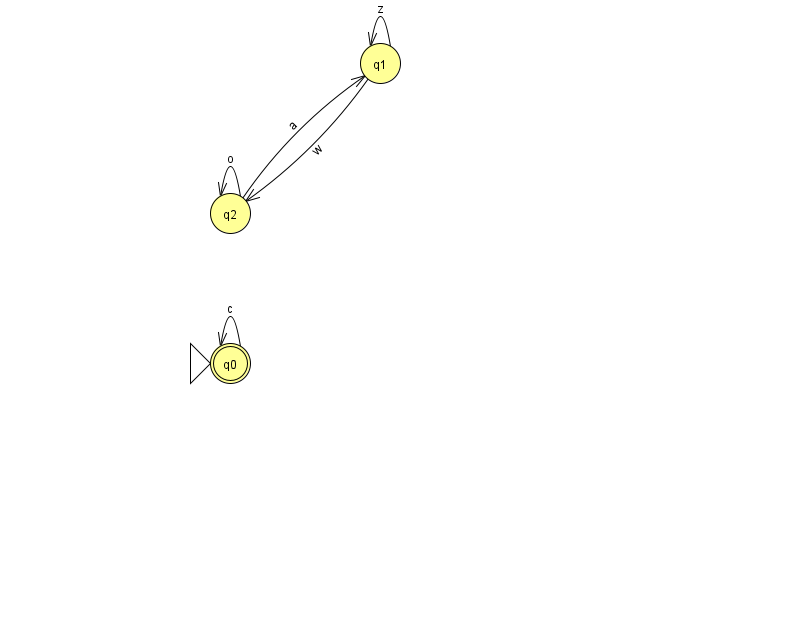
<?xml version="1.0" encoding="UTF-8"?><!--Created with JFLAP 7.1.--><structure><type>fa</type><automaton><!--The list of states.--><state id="0" name="q0"><x>230.0</x><y>350.0</y><initial/><final/></state><state id="1" name="q1"><x>380.0</x><y>50.0</y></state><state id="2" name="q2"><x>230.0</x><y>200.0</y></state><!--The list of transitions.--><transition><from>0</from><to>0</to><read>c</read></transition><transition><from>1</from><to>1</to><read>z</read></transition><transition><from>1</from><to>2</to><read>w</read></transition><transition><from>2</from><to>1</to><read>a</read></transition><transition><from>2</from><to>2</to><read>o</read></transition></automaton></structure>